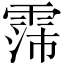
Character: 霈